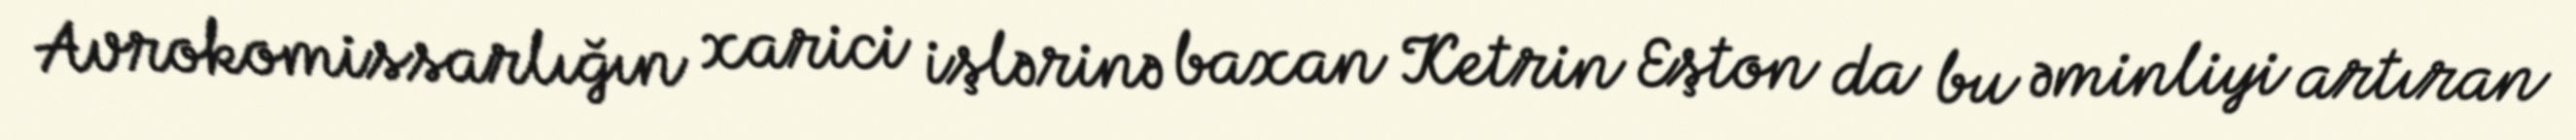
Avrokomissarlığın xarici işlərinə baxan Ketrin Eşton da bu əminliyi artıran